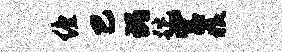
缠巴瑰跎宫狼